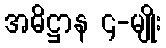
အဓိဋ္ဌာန ၄-မျိုး